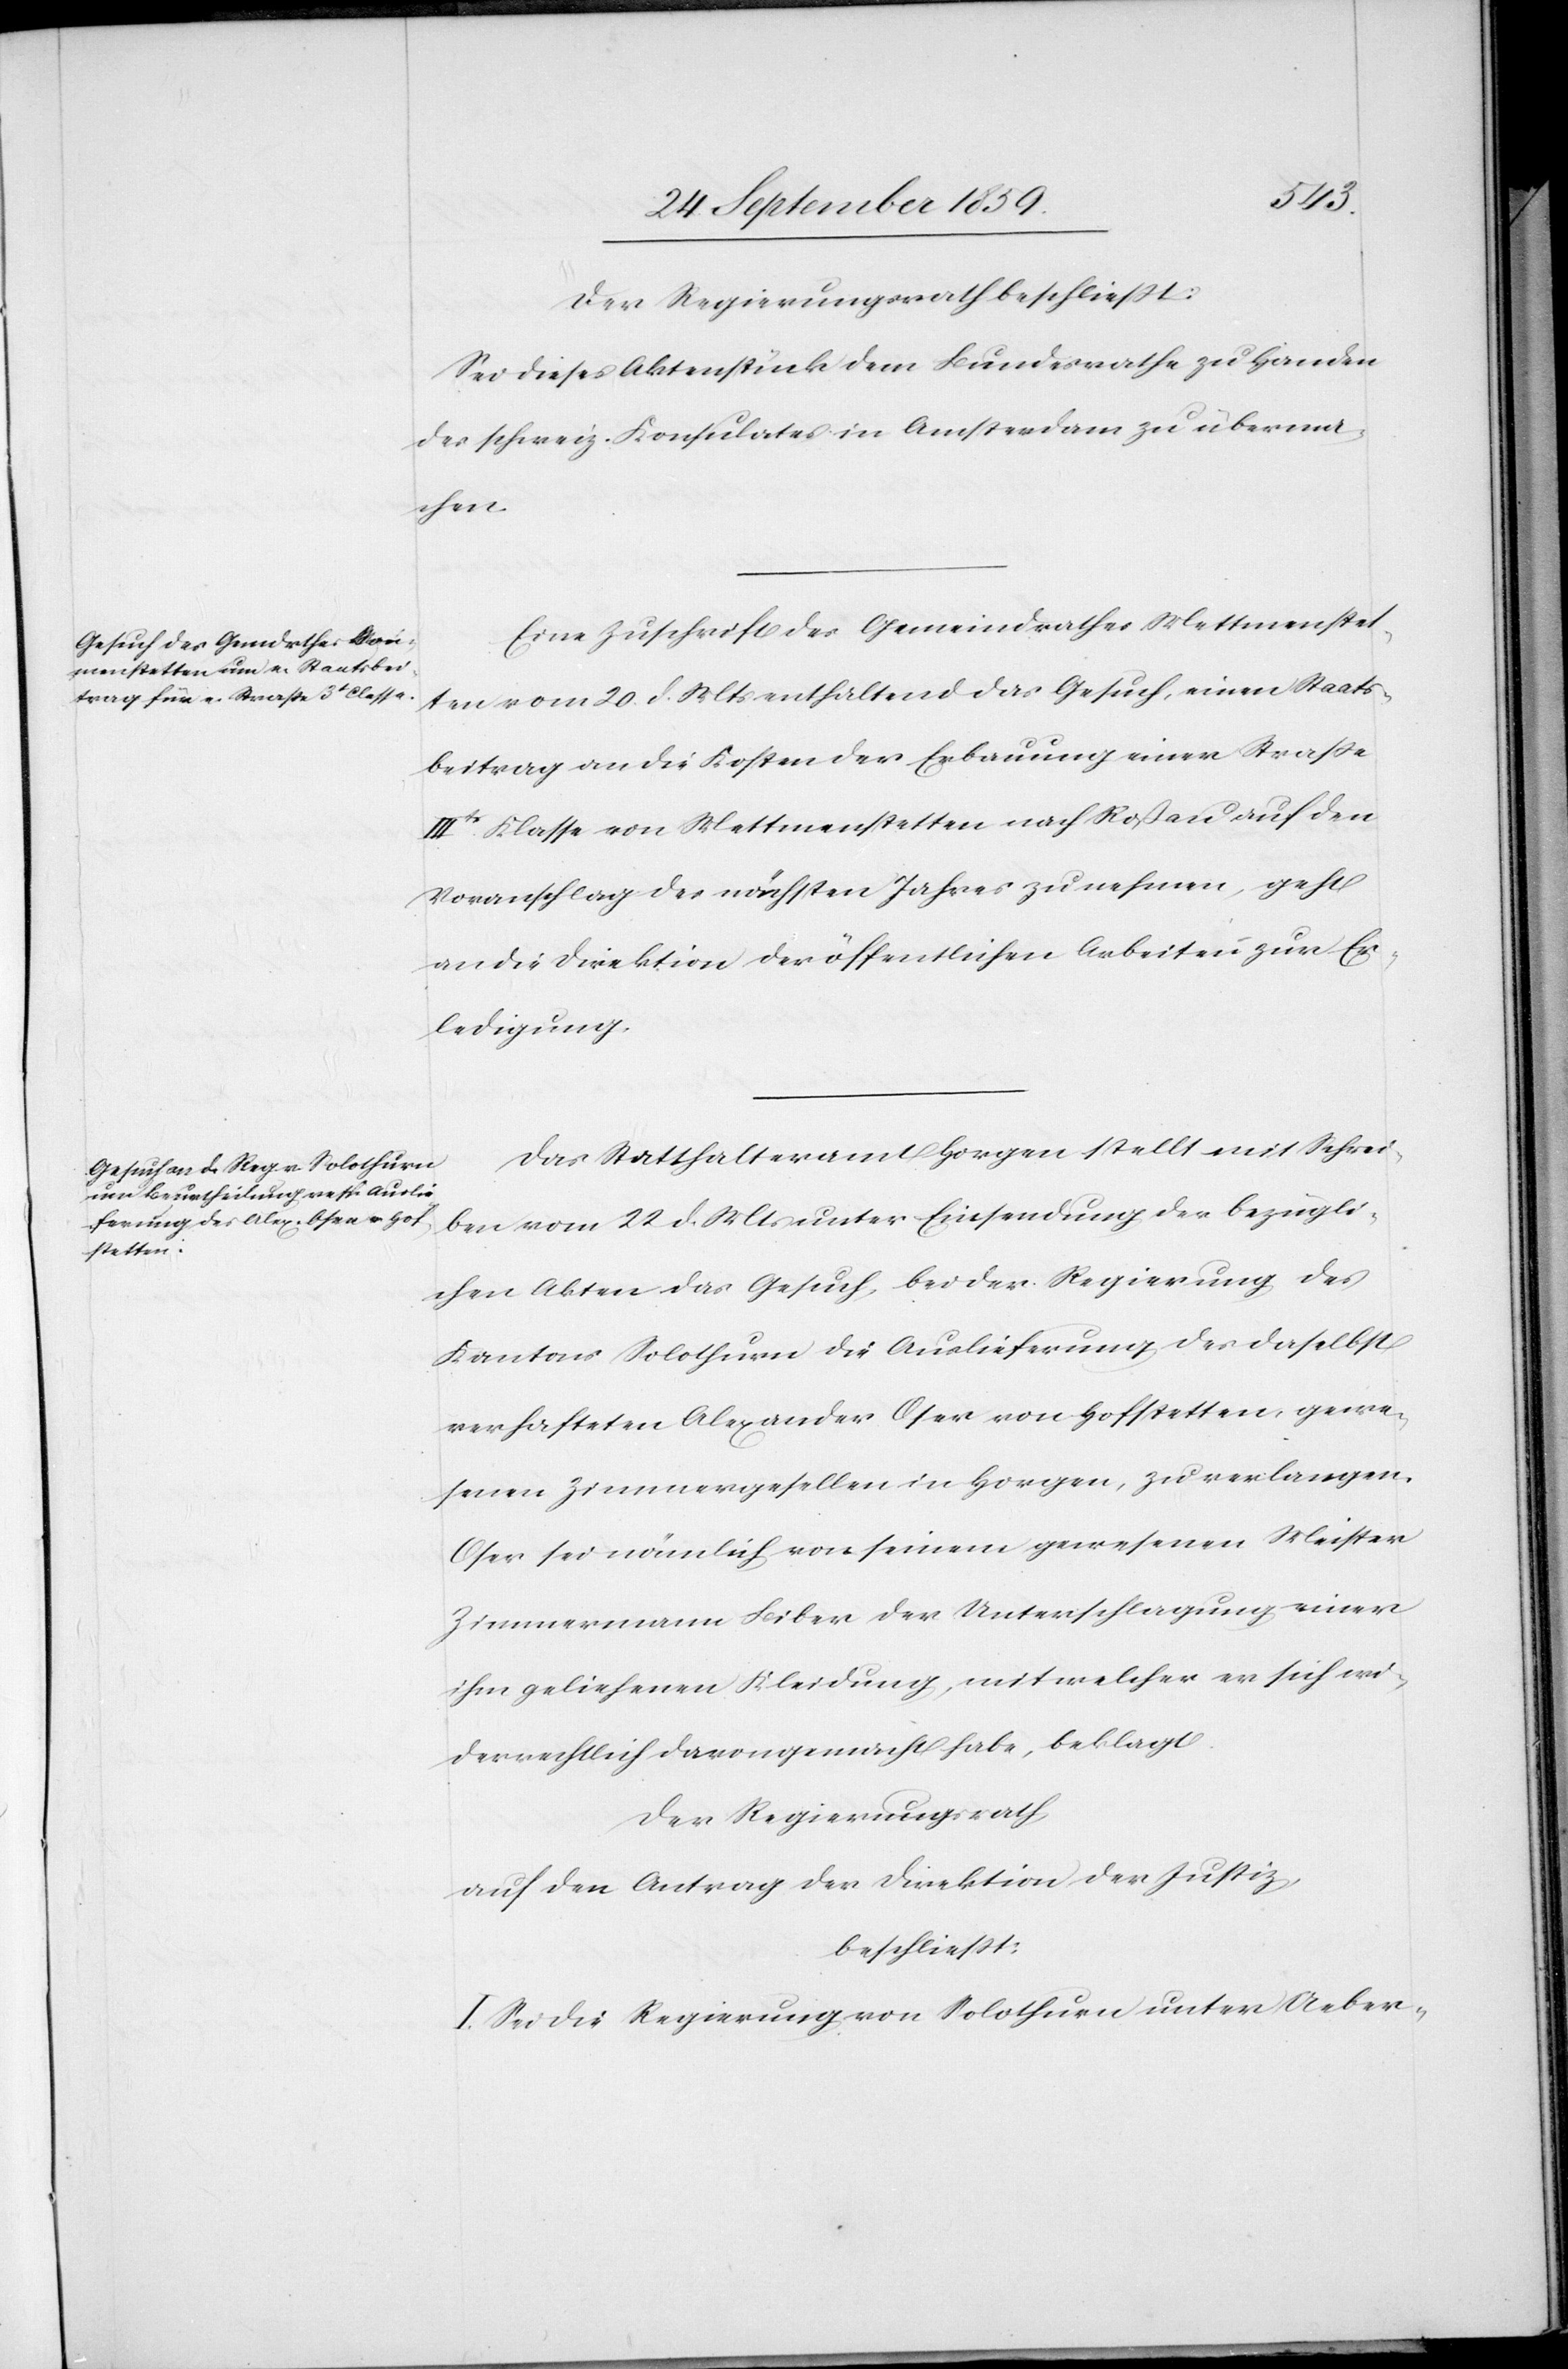
Der Regierungsrath beschließt:
Sei dieses Aktenstück dem Bundesrathe zu Handen
des schweiz. Konsulates in Amsterdam zu überma¬
chen.
Eine Zuschrift des Gemeindrathes Mettmenstet¬
ten vom 20. d. Mts. enthaltend das Gesuch, einen Staats¬
beitrag an die Kosten der Erbauung einer Straße
IIItr. Klasse von Mettmenstetten nach Roßau auf den
Voranschlag des nächsten Jahres zu nehmen, geht
an die Direktion der öffentlichen Arbeiten zur Er¬
ledigung.
Das Statthalteramt Horgen stellt mit Schrei¬
ben vom 22. d. Mts. unter Einsendung der bezügli¬
chen Akten das Gesuch, bei der Regierung des
Kantons Solothurn die Auslieferung des daselbst
verhafteten Alexander Oser von Hofstetten gewe¬
senen Zimmergesellen in Horgen, zu verlangen.
Oser sei nämlich von seinem gewesenen Meister
Zimmermann Biber der Unterschlagung einer
ihm geliehenen Kleidung mit welcher er sich wi¬
derrechtlich darvon gemacht habe, beklagt.
Der Regierungsrath
auf den Antrag der Direktion der Justiz,
beschließt:
I. Sei die Regierung von Solothurn unter Ueber-